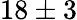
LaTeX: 18\pm 3